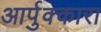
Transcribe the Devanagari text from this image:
आर्पुक्कारा